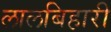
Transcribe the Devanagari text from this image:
लालबिहारी